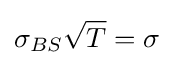
\sigma _{BS}{\sqrt {T}}=\sigma